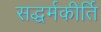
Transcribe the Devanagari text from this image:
सद्धर्मकीर्ति